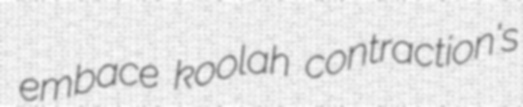
embace koolah contraction's